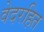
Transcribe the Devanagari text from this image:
वेदरहित